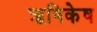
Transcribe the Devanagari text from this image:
ॠषिकेष